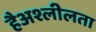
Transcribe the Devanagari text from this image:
हैअश्लीलता